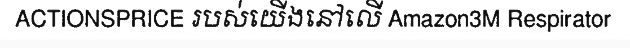
ACTIONSPRICE របស់យើងនៅលើ Amazon3M Respirator